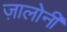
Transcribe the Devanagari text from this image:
ज़ालोनी